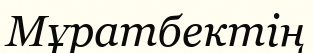
Мұратбектің